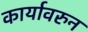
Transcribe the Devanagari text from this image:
कार्यावरुन